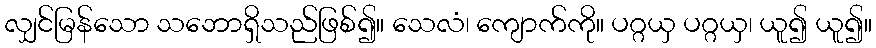
လျှင်မြန်သော သဘောရှိသည်ဖြစ်၍။ သေလံ၊ ကျောက်ကို။ ပဂ္ဂယှ ပဂ္ဂယှ၊ ယူ၍ ယူ၍။